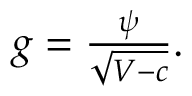
\begin{array} { r } { g = \frac { \psi } { \sqrt { V - c } } . } \end{array}